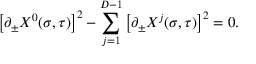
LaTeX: \left[ \partial _ { \pm } X ^ { 0 } ( \sigma , \tau ) \right] ^ { 2 } - \sum _ { j = 1 } ^ { D - 1 } \left[ \partial _ { \pm } X ^ { j } ( \sigma , \tau ) \right] ^ { 2 } = 0 .